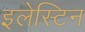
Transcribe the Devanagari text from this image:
इलेस्टिन